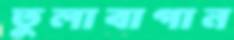
তুলাবাগান